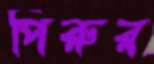
পিরুর